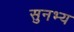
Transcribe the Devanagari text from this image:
सुनभ्य